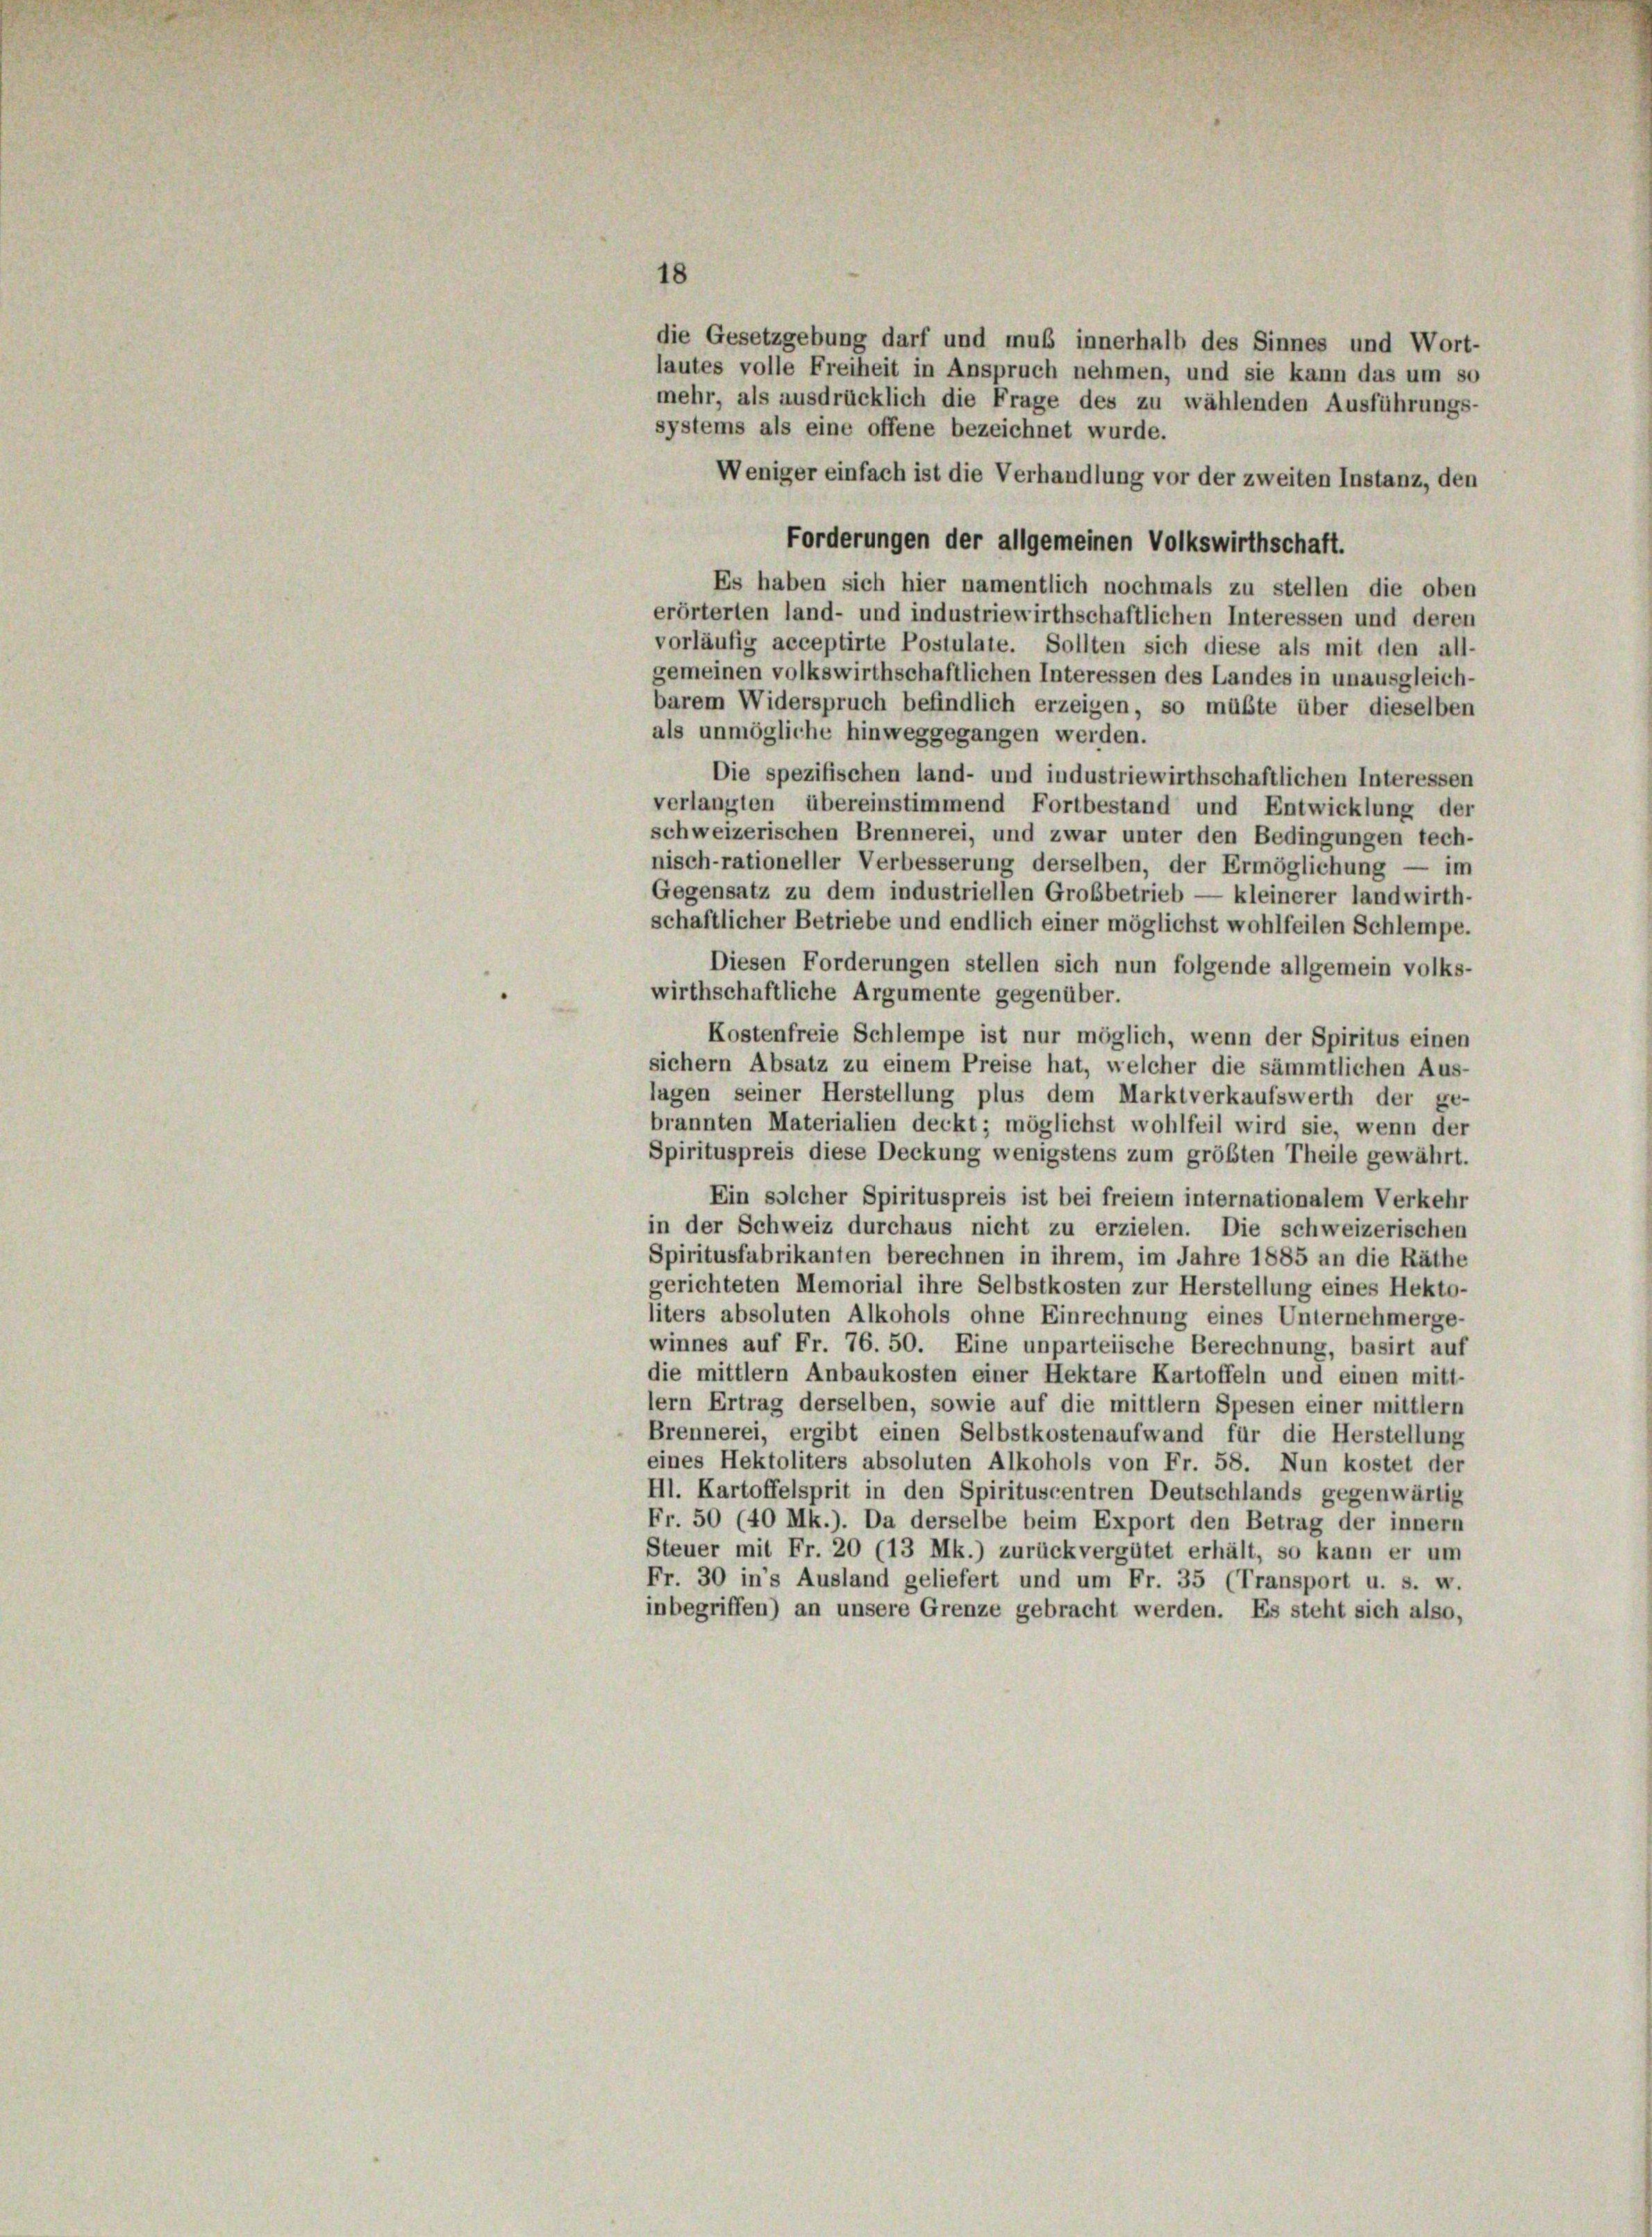
18
die Gesetzgebung darf und muß innerhalb des Sinnes und Wort-
lautes volle Freiheit in Anspruch nehmen, und sie kann das um so
mehr, als ausdrücklich die Frage des zu wählenden Ausführungs-
systems als eine offene bezeichnet wurde.
Weniger einfach ist die Verhandlung vor der zweiten Instanz, den
Forderungen der allgemeinen Volkswirthschaft.
Es haben sich hier namentlich nochmals zu stellen die oben
erörterten land- und industriewirthschaftlichen Interessen und deren
vorläufig acceptirte Postulate. Sollten sich diese als mit den all-
gemeinen volkswirthschaftlichen Interessen des Landes in unausgleich-
barem Widerspruch befindlich erzeigen, so müßte über dieselben
als unmögliche hinweggegangen werden.
Die spezifischen land- und industriewirthschaftlichen Interessen
verlangten übereinstimmend Fortbestand und Entwicklung der
schweizerischen Brennerei, und zwar unter den Bedingungen tech-
nisch-rationeller Verbesserung derselben, der Ermöglichung — im
Gegensatz zu dem industriellen Grobbetrieb — kleinerer landwirth-
schaftlicher Betriebe und endlich einer möglichst wohlfeilen Schlempe.
Diesen Forderungen stellen sich nun folgende allgemein volks-
wirthschaftliche Argumente gegenüber.
Kostenfreie Schlempe ist nur möglich, wenn der Spiritus einen
sichern Absatz zu einem Preise hat, welcher die sämmtlichen Aus-
lagen seiner Herstellung plus dem Marktverkaufswerth der ge-
brannten Materialien deckt; möglichst wohlfeil wird sie, wenn der
Spirituspreis diese Deckung wenigstens zum größten Theile gewährt.
Ein solcher Spirituspreis ist bei freiem internationalem Verkehr
in der Schweiz durchaus nicht zu erzielen. Die schweizerischen
Spiritusfabrikanten berechnen in ihrem, im Jahre 1885 an die Räthe
gerichteten Memorial ihre Selbstkosten zur Herstellung eines Hekto-
liters absoluten Alkohols ohne Einrechnung eines Unternehmerge-
winnes auf Fr. 76. 50. Eine unparteiische Berechnung, basirt auf
die mittlern Anbaukosten einer Hektare Kartoffeln und einen mitt-
lern Ertrag derselben, sowie auf die mittlern Spesen einer mittlern
Brennerei, ergibt einen Selbstkostenaufwand für die Herstellung
eines Hektoliters absoluten Alkohols von Fr. 58. Nun kostet der
Hl. Kartoffelsprit in den Spirituscentren Deutschlands gegenwärtig
Fr. 50 (40 Mk.). Da derselbe beim Export den Betrag der innern
Steuer mit Fr. 20 (13 Mk.) zurückvergütet erhält, so kann er um
Fr. 30 in’s Ausland geliefert und um Fr. 35 (Transport u. s. w.
inbegriffen) an unsere Grenze gebracht werden. Es steht sich also,